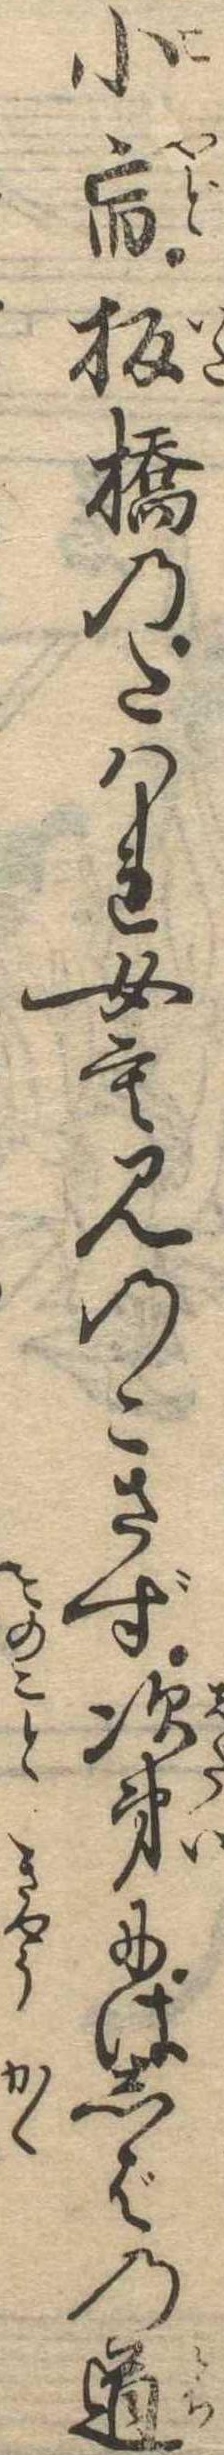
小宿板橋のたはれ女も見のこさず次第にはしばの道